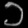
Digit: ၁